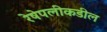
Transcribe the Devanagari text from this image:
रेषेपलीकडील